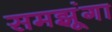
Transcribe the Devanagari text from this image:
समझूंगा